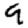
Digit: 9